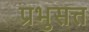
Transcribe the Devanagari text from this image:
प्रभुसत्त